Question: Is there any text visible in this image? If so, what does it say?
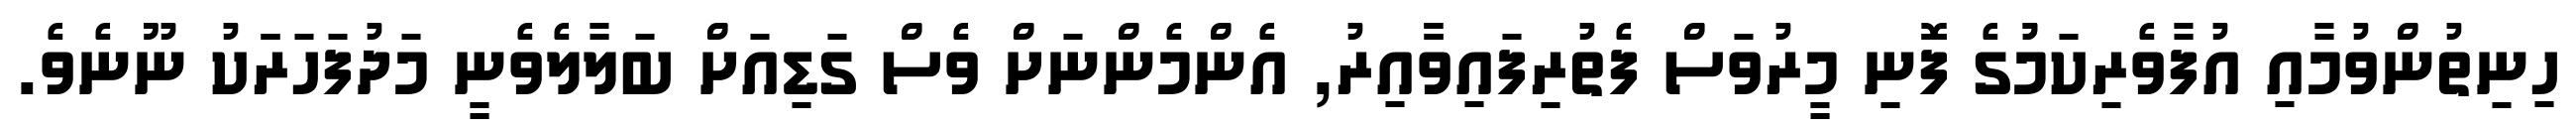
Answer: ހިނިތުންވުމާއި އުފާވެރިކަމުުގެ ފޮނި މީރުވަސް ފެތުރިފައިވާާއިރު, އެންމެންނަށް ވެސް ގަޑިއަށް ބަލާލެވެނީ މަދުފަހަރަަކު ނޫނެވެ.